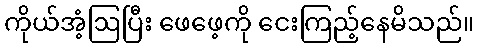
ကိုယ်အံ့ဩပြီး ဖေဖေ့ကို ငေးကြည့်နေမိသည်။